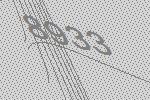
8933